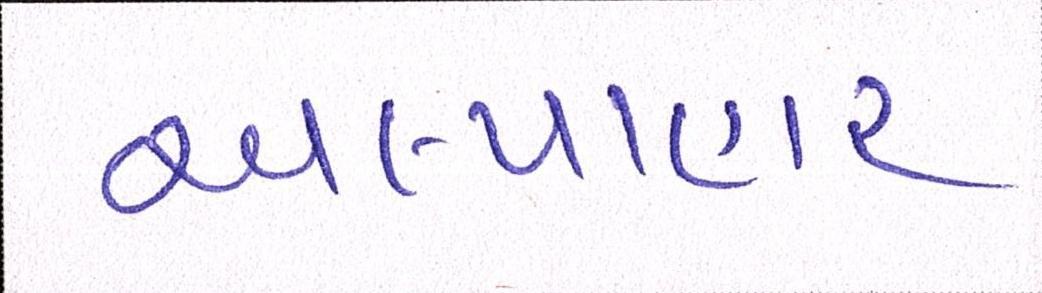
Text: અલ્પાહાર